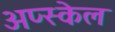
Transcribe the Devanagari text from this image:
अप्स्केल